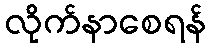
လိုက်နာစေရန်